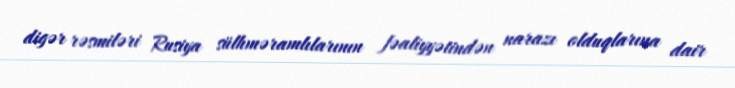
digər rəsmiləri Rusiya sülhməramlılarının fəaliyyətindən narazı olduqlarına dair